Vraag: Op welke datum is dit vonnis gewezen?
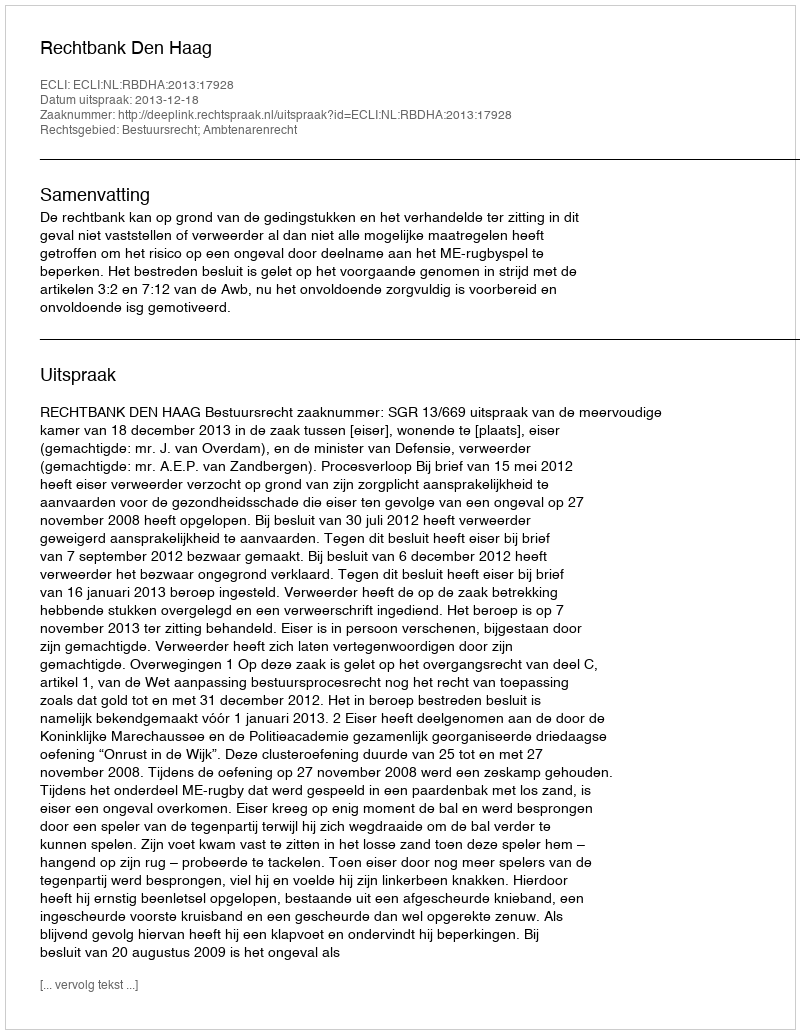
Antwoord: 2013-12-18